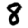
Digit: 8